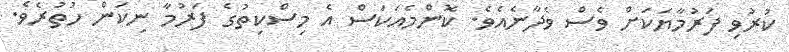
ކުރުވި ފަރުމާޔަކަށް ވެސް ވެދާނެއެވެ. ކޮންމެއަކަސް އެ މިސްކިތުގެ ފަރުމާ ނިކަން ހުތުރެވެ.